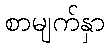
စာမျက်နှာ